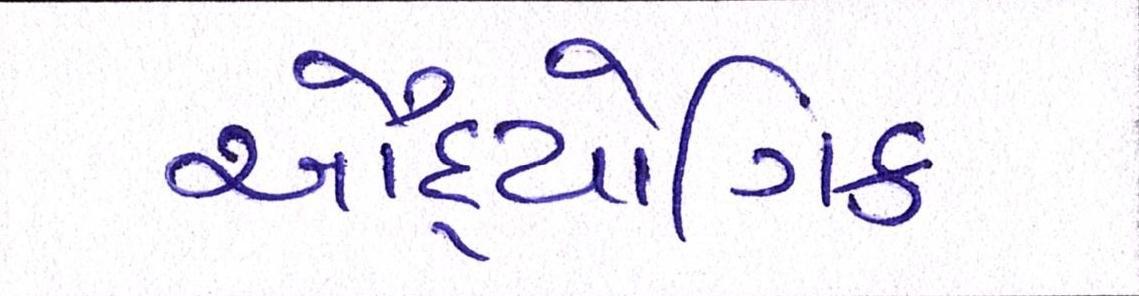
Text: ઔદ્યોગિક